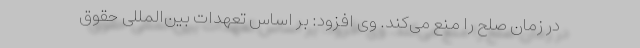
در زمان صلح را منع می‌کند. وی افزود: بر اساس تعهدات بین‌المللی حقوق